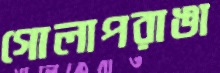
গোলাপরাঙা